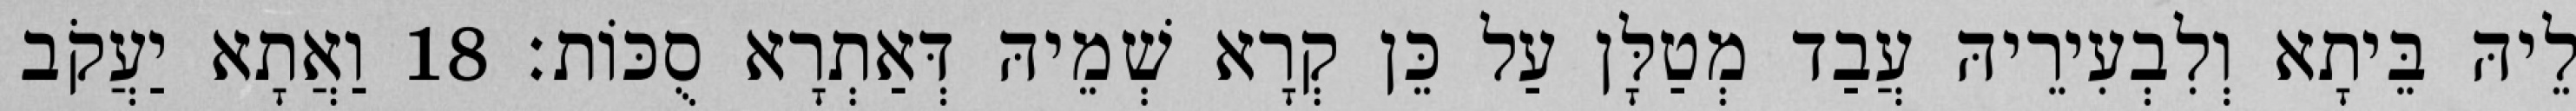
לֵיהּ בֵּיתָא וְלִבְעִירֵיהּ עֲבַד מְטַלָּן עַל כֵּן קְרָא שְׁמֵיהּ דְּאַתְרָא סֻכּוֹת׃ 18 וַאֲתָא יַעֲקֹב